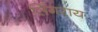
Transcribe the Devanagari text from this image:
सिंगराय